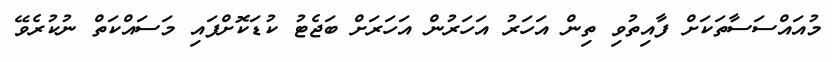
މުއައްސަސާތަކަށް ފާއިތުވި ތިން އަހަރު އަހަރުން އަހަރަށް ބަޖެޓު ކުޑަކޮށްފައި މަސައްކަތް ނުކުރެވޭ